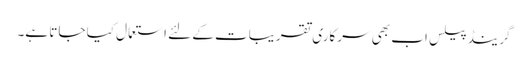
گرینڈ پیلس اب بھی سرکاری تقریبات کے لئے استعمال کیا جاتا ہے۔